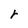
Character: r